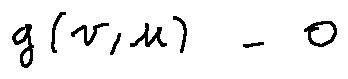
g ( v , v ) = 0